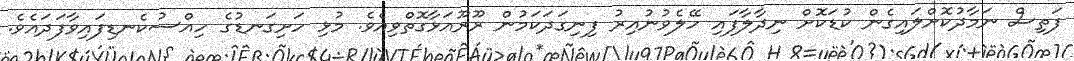
ފަތިސް ނަމާދުކޮށްލައިގެން ކުޑަކޮށް ނިދާލާފައި ހޭލެވުނުއިރު ފިނިގަދަކަމުން ރޫރޫއަޅާގޮތްވިއެވެ. މުޅި ހަށިގަނޑުގެ ހިއްސުކެނޑިފައިވާފަދައެވެ.